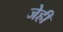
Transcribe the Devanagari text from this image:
जेही